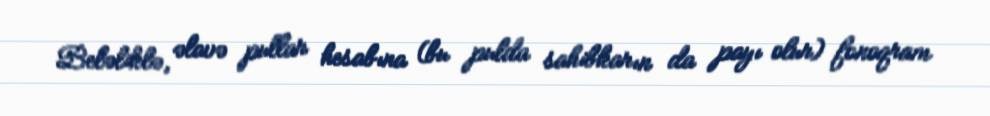
Beləliklə, əlavə pullar hesabına (bu pulda sahibkarın da payı olur) fonoqram